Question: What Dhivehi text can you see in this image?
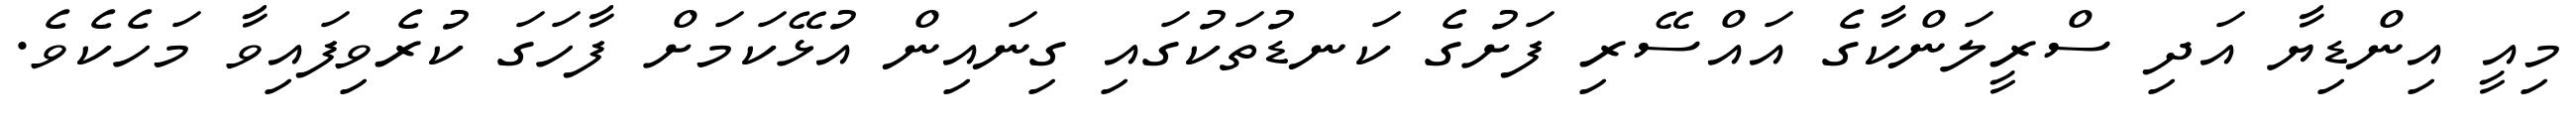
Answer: މިއީ އިންޑިޔާ އަދި ސްރީލަންކާގެ އައްސޭރި ފަށުގެ ކަނޑުތަކުގައި ގިނައިން އުޅޭކަމަށް ފާހަގަ ކުރެވިފައިވާ މަހެކެވެ.